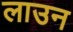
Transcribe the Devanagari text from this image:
लाउन